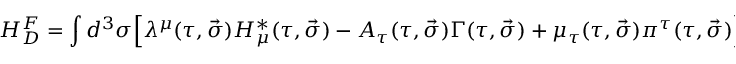
H _ { D } ^ { F } = \int { d ^ { 3 } \sigma \Big [ \lambda ^ { \mu } ( \tau , \vec { \sigma } ) { \cal H } _ { \mu } ^ { \ast } ( \tau , \vec { \sigma } ) - A _ { \tau } ( \tau , \vec { \sigma } ) \Gamma ( \tau , \vec { \sigma } ) + \mu _ { \tau } ( \tau , \vec { \sigma } ) \pi ^ { \tau } ( \tau , \vec { \sigma } ) \Big ] } .